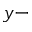
y -